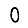
Digit: 0